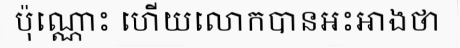
ប៉ុណ្ណោះ ហើយលោកបានអះអាងថា